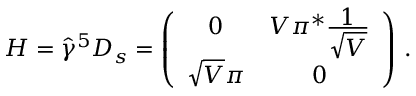
H = \hat { \gamma } ^ { 5 } { D } _ { s } = \left( \begin{array} { c c } { { 0 } } & { { V \pi ^ { * } \frac { \textstyle 1 } { \textstyle \sqrt { V } } } } \\ { { \sqrt { V } \pi } } & { { 0 } } \end{array} \right) \, .